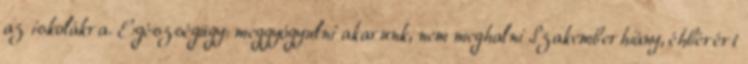
az iskolákra. Egészségügy: meggyógyulni akarunk, nem meghalni Szakemberhiány, éhbérért